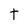
Character: t